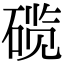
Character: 𬒗